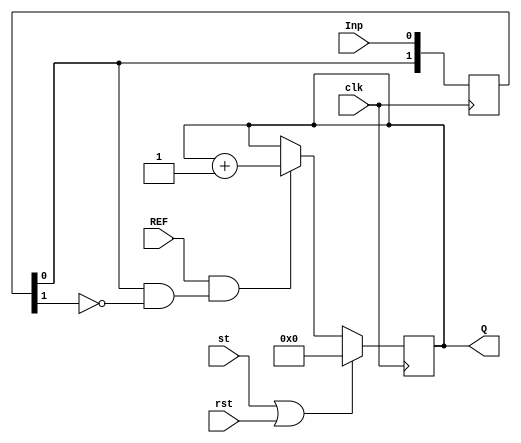
module MEG_BL(input clk, output reg [7:0] Q,
							input st,
							input Inp,
							input REF,
							input rst);

	reg[1:0] prev = 2'b00;
	assign front = prev[0] & !prev[1];

	always @(posedge clk) begin
		prev[0] <= Inp ; prev[1] <= prev[0];
		Q <= (st || rst) ? 0 : ( (REF & front) ? Q+1 : Q );
	end
endmodule